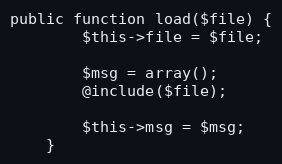
Language: PHP
public function load($file) {
		$this->file = $file;

		$msg = array();
		@include($file);

		$this->msg = $msg;
	}